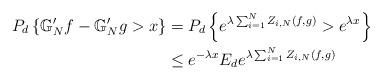
LaTeX: \begin{align*}P_{d}\left\{\mathbb{G}_{N}'f-\mathbb{G}_{N}'g>x\right\}&=P_{d}\left\{e^{\lambda \sum_{i=1}^{N}Z_{i,N}(f,g)}>e^{\lambda x}\right\}\\&\leq e^{-\lambda x} E_{d}e^{\lambda \sum_{i=1}^{N}Z_{i,N}(f,g)}\end{align*}